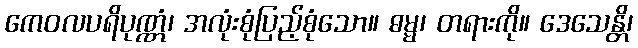
ကေဝလပရိပုဏ္ဏံ၊ အလုံးစုံပြည့်စုံသော။ ဓမ္မ၊ တရားကို။ ဒေသေန္တိ၊